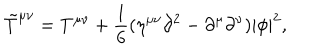
{ \tilde { T } } ^ { \mu \nu } = T ^ { \mu \nu } + { \frac { 1 } { 6 } } ( \eta ^ { \mu \nu } \partial ^ { 2 } - \partial ^ { \mu } \partial ^ { \nu } ) | \phi | ^ { 2 } ,